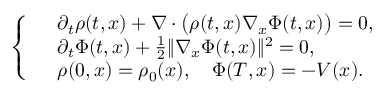
\left\{ \begin{array} { r l } & { \partial _ { t } \rho ( t , x ) + \nabla \cdot \big ( \rho ( t , x ) \nabla _ { x } \Phi ( t , x ) \big ) = 0 , } \\ & { \partial _ { t } \Phi ( t , x ) + \frac { 1 } { 2 } \| \nabla _ { x } \Phi ( t , x ) \| ^ { 2 } = 0 , } \\ & { \rho ( 0 , x ) = \rho _ { 0 } ( x ) , \quad \Phi ( T , x ) = - V ( x ) . } \end{array} \right.